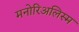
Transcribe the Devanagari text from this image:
मनोरिअलिस्म